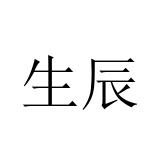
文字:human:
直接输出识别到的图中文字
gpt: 生辰